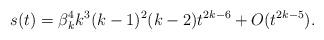
LaTeX: \begin{align*}s(t)=\beta_{k}^{4}k^{3}(k-1)^{2}(k-2)t^{2k-6}+O(t^{2k-5}).\end{align*}